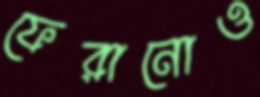
ফেরানোও